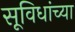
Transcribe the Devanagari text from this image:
सूविधांच्या